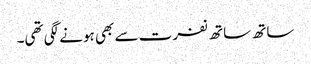
ساتھ ساتھ نفرت سے بھی ہونے لگی تھی۔